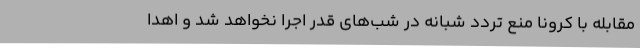
مقابله با کرونا منع تردد شبانه در شب‌های قدر اجرا نخواهد شد و اهدا